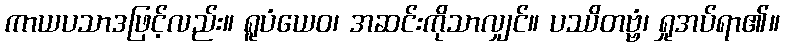
ကာယပသာဒဖြင့်လည်း။ ရူပံယေဝ၊ အဆင်းကိုသာလျှင်။ ပဿိတဗ္ဗံ၊ ရှုအပ်ရာ၏။